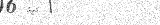
٢٨